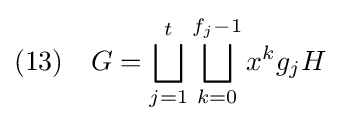
(13)\quad G=\bigsqcup _{j=1}^{t}\bigsqcup _{k=0}^{f_{j}-1}x^{k}g_{j}H